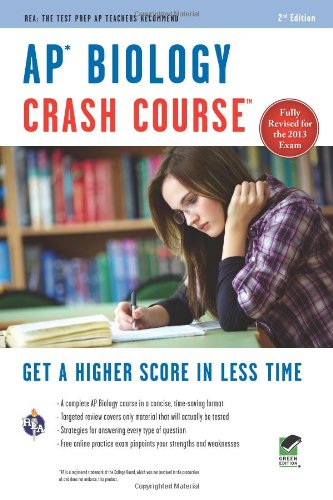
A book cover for APÂ® Biology Crash Course Book + Online (Advanced Placement (AP) Crash Course); Michael D'Alessio; Test Preparation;